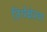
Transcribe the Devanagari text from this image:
तिर्थक्षेत्रवर